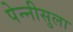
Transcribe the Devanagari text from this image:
पेन्‍नीसुला